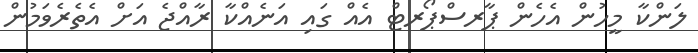
ލަންކާ މީހުން އެހެން ޕާރސްޕޯރޓް އެއް ގައި އަނެއްކާ ރާއްޖެ އަށް އެތެރެވަމުން